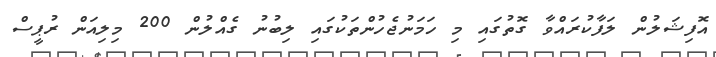
އޮފިޝަލުން ލަފާކުރައްވާ ގޮތުގައި މި ހަމަނުޖެހުންތަކުގައި ލިބުނު ގެއްލުން 200 މިލިއަން ރުޕީސް